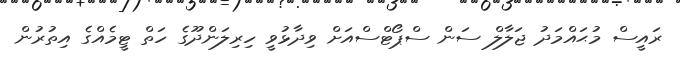
ރައީސް މުޙައްމަދު ޖަލާލް ސަން ސްޕޯޓްސްއަށް ވިދާޅުވީ ހިރިލަންދޫގެ ހަތް ޓީމެއްގެ އިތުރުން